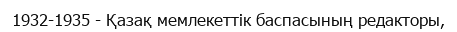
1932-1935 - Қазақ мемлекеттік баспасының редакторы,